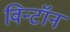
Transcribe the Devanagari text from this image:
विन्टॉन